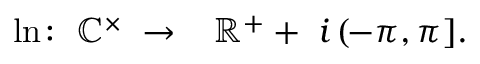
\ln \colon \; \mathbb { C } ^ { \times } \; \to \; \; \; \mathbb { R } ^ { + } + \; i \, ( \! - \pi , \pi ] .